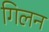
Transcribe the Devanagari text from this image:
गिलन